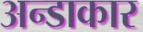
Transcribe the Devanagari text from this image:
अन्डाकार